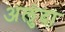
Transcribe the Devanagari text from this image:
अलुंदा